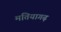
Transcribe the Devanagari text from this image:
मतियागढ़